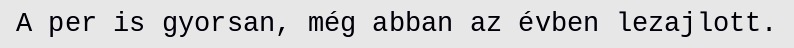
A per is gyorsan, még abban az évben lezajlott.